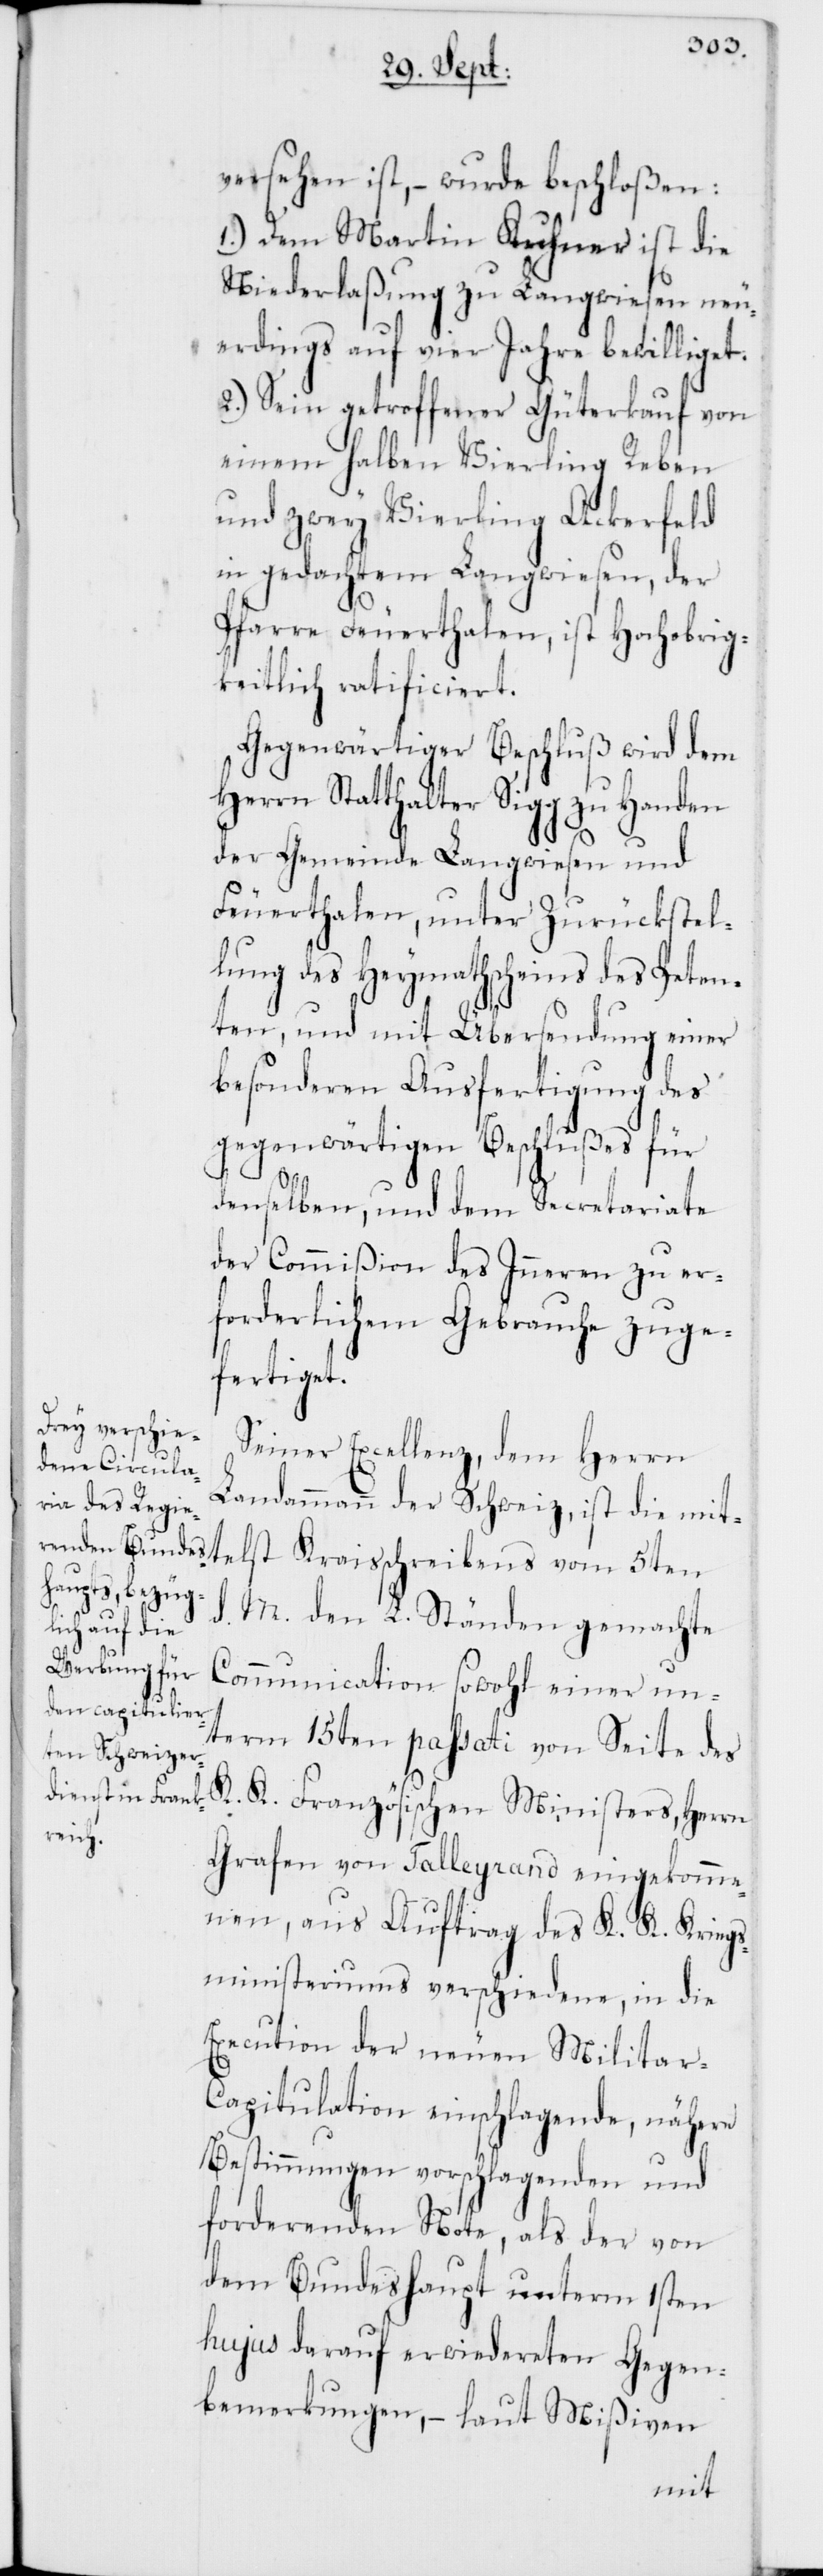
versehen ist, – wurde beschloßen:
1.) Dem Martin Kuhner ist die
Niederlaßung zu Langwiesen neu¬
erdings auf vier Jahre bewilliget.
2.) Sein getroffener Güterkauf von
einem halben Vierling Reben
und zwey Vierling Ackerfeld
in gedachtem Langwiesen, der
d.
Pfarre Feuerthalen, ist Hochobrig¬
keitlich ratificiert.
Gegenwärtiger Beschluß wird dem
Herrn Statthalter Sigg zu Handen
der Gemeinde Langwiesen und
Feuerthalen, unter Zurückstel¬
lung des Heymathscheins des Peten¬
ten, und mit Übersendung einer
besonderen Ausfertigung des
gegenwärtigen Beschlußes für
denselben, und dem Secretariate
der Commißion des Inneren zu er¬
forderlichem Gebrauche zuge¬
fertiget.
Seiner Excellenz, dem Herrn
Landammann der Schweiz, ist die mitt¬
M. den L. Ständen gemachte
Communication sowohl einer un¬
term 15ten passati von Seite des
K. K. Französischen Ministers, Herrn
Grafen von Talleyrand eingekomme¬
nen, aus Auftrag des K. K. Kriegs¬
ministeriums verschiedene, in die
Execution der neuen Militar-C¬
apitulation einschlagende, nähere
Bestimmungen vorschlagenden und
forderenden Note, als der von
dem Bundeshaupt unterm 1sten
hujus darauf erwidereten Gegen¬
bemerkungen, – laut Mißiven